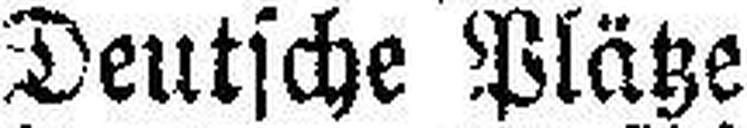
Deutsche Plätze